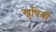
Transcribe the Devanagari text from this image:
खुषियाँ